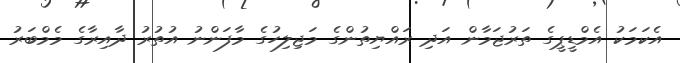
އެކަމަކު އެމްޑީޕީގެ ތަރުޖަމާން އަދި ރައްޔިތުންގެ މަޖިލިހުގެ މާފަންނު އުތުރު ދާއިރާގެ މެމްބަރު